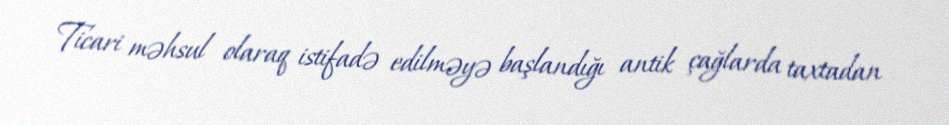
Ticari məhsul olaraq istifadə edilməyə başlandığı antik çağlarda taxtadan